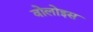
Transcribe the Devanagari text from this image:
वोलोइस